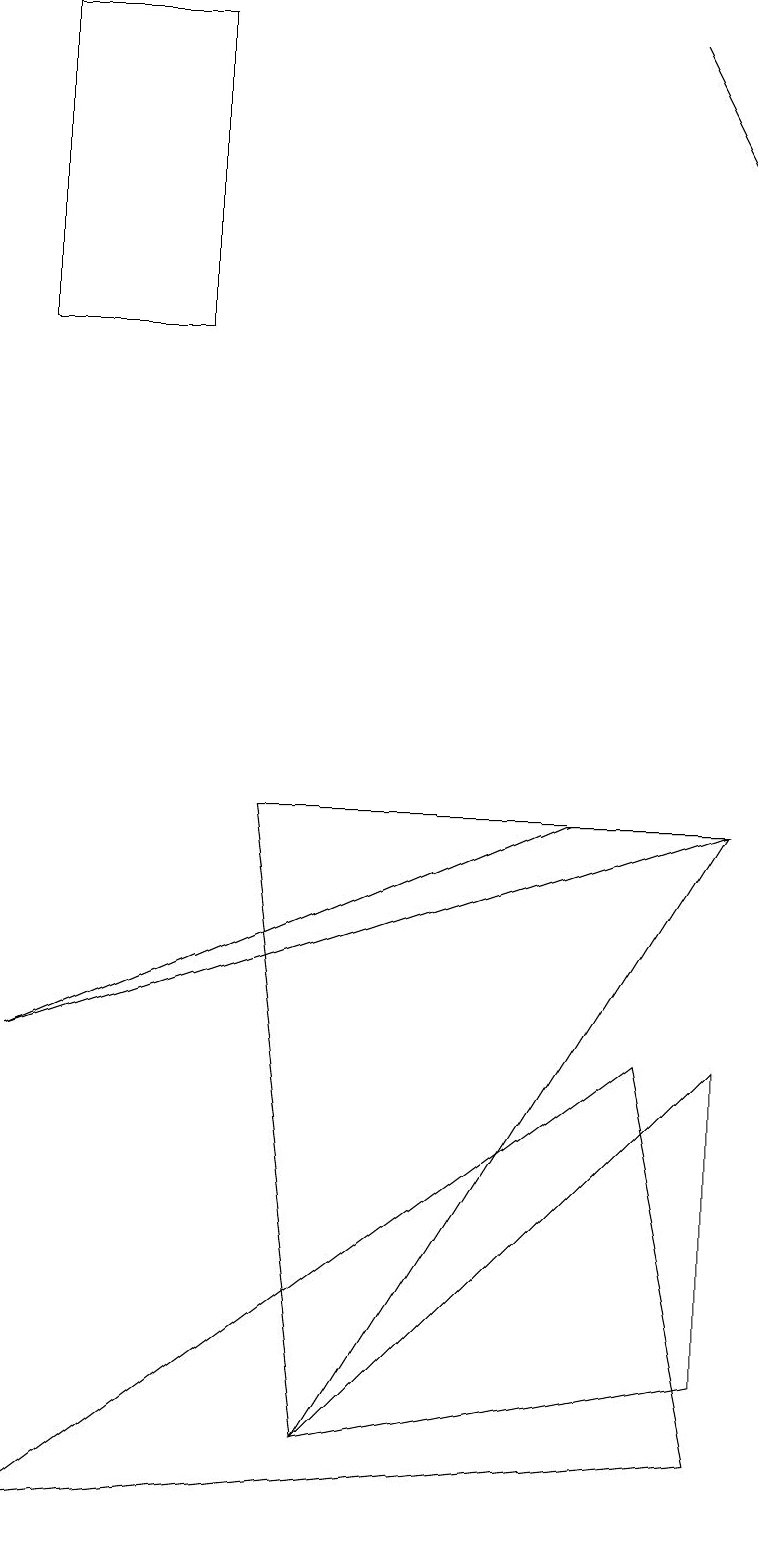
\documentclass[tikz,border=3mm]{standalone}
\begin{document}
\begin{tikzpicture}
\draw (9,6) -- (4,1) -- (9,2) -- cycle;
\draw (9,9) -- (0,6) -- (7,9) -- cycle;
\draw (8,6) -- (0,0) -- (9,1) -- cycle;
\draw[->] (8,19) -- (9,17);
\draw (0,19) rectangle (2,15);
\draw (9,9) -- (4,1) -- (3,9) -- cycle;
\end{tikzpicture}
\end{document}